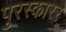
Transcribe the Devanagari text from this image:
पुरस्कारर